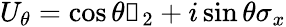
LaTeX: U_{\theta}=\cos\theta\mathbb{1}_{2}+i\sin\theta\sigma_{x}